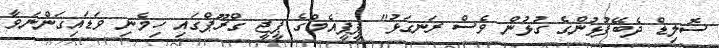
ސޮލިޑް ދެބޭފުޅުންގެ ގުޅުން ވެސް ރަނގަޅު" ޕީޕީއެމްގެ ޕީޖީ ގްރޫޕްގައި ހިމެނި ވަޑައިގަންނަވާ